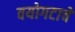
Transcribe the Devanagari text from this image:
वयोगटाचे